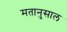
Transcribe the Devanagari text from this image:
मतानुसाल